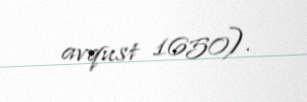
avqust 1650).